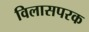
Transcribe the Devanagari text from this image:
विलासपरक